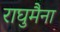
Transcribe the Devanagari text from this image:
राघुमैना